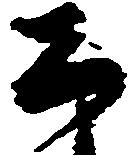
公